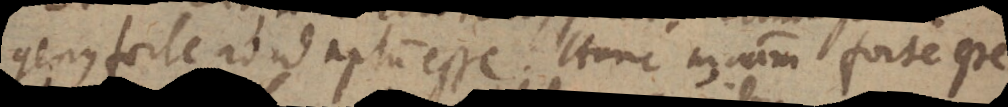
genus forte ad id aptum esse. Hanc materiam forte esse